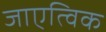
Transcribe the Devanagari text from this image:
जाएत्विक